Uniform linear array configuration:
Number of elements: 8
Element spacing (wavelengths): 0.25
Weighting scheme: cosine
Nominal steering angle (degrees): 30
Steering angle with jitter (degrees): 30.829
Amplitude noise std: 0.05
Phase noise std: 0.05

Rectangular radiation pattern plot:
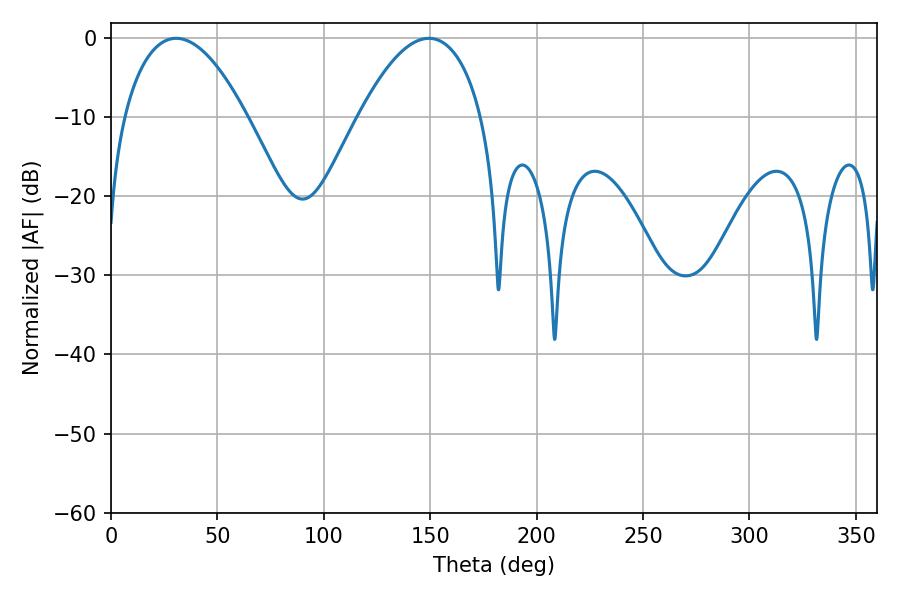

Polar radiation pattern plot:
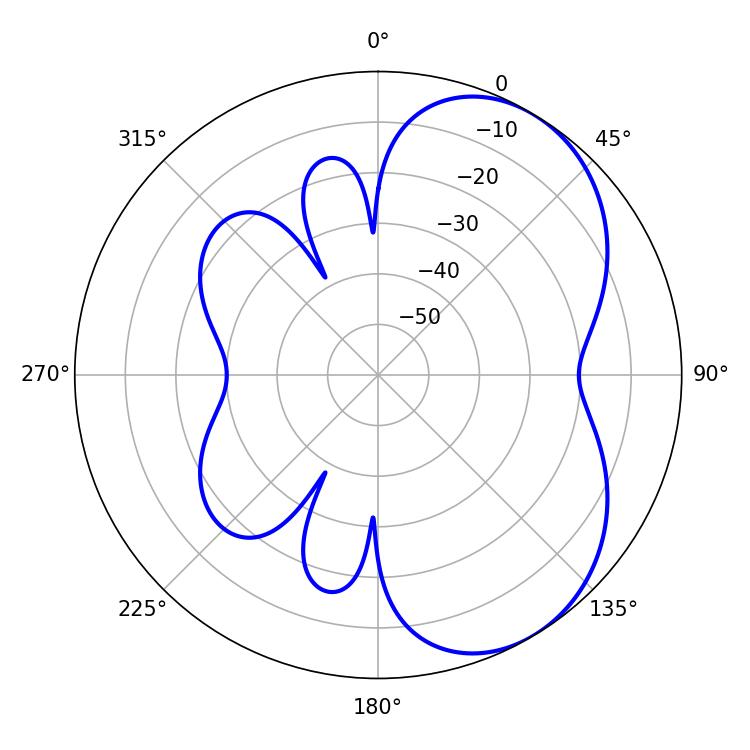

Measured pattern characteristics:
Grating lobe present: FALSE
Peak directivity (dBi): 5.03
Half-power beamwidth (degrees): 32.04
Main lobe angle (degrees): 30.6